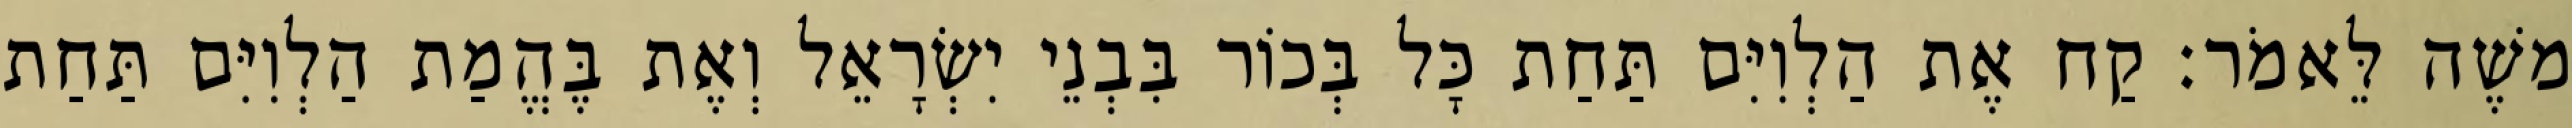
משֶׁה לֵּאמֹר׃ קַח אֶת הַלְוִיִּם תַּחַת כָּל בְּכוֹר בִּבְנֵי יִשְׂרָאֵל וְאֶת בֶּהֱמַת הַלְוִיִּם תַּחַת